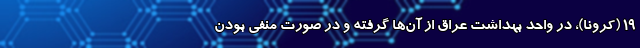
۱۹ (کرونا)، در واحد بهداشت عراق از آن‌ها گرفته و در صورت منفی بودن